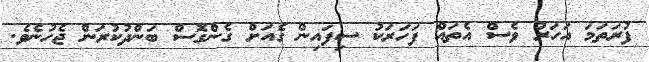
ފުރަަތަމަ އަހަރު ވެސް އެތައް ފަހަރަކު ސިފައިން ގެެއަށް ގެންގޮސް ބަންދުކުރަން ޖެހުނެވެ.